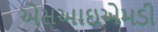
એસઆઇએમડી